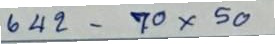
642 - 70x50